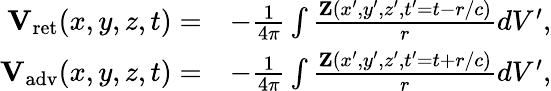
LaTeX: \begin{array}{rl}{{\mathbf V}_{\mathrm{ret}}(x,y,z,t)=}&{-\frac{1}{4\pi}\int\frac{{\mathbf Z}(x^{\prime},y^{\prime},z^{\prime},t^{\prime}=t-r/c)}{r}dV^{\prime},}\\ {{\mathbf V}_{\mathrm{adv}}(x,y,z,t)=}&{-\frac{1}{4\pi}\int\frac{{\mathbf Z}(x^{\prime},y^{\prime},z^{\prime},t^{\prime}=t+r/c)}{r}dV^{\prime},}\end{array}